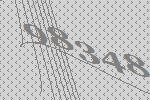
98348